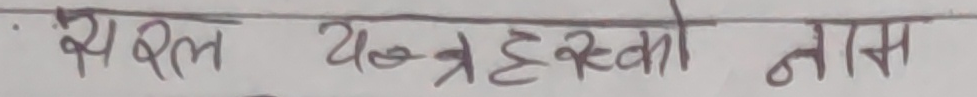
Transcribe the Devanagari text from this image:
यस बल क्षेत्र हरुको नाम